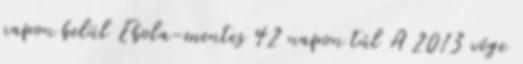
napon belül Ebola-mentes 42 napon túl A 2013 vége